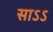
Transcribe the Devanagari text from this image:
साऽऽ